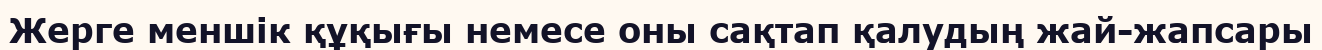
Жерге меншік құқығы немесе оны сақтап қалудың жай-жапсары